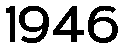
1946